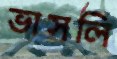
ভাসলি